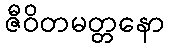
ဇီဝိတမတ္တနော